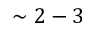
\sim 2 - 3